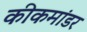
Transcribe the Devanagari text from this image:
कीकमांडर